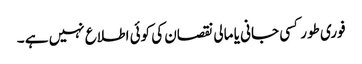
فوری طور کسی جانی یا مالی نقصان کی کوئی اطلاع نہیں ہے ۔